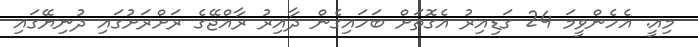
މިއީ. އެހެންވީމަ 24 ގަޑިއިރު އެގޮތަށް ބަހައިގެން ދާއިރު ރާއްޖޭގެ ރަށްރަށުގައި ދުނިޔޭގައި